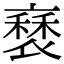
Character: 𧛿